Report of the Municipal Commissioner on the plague in Bombay for the year ending 31st May... - Volume 2
Disease focus: Plague
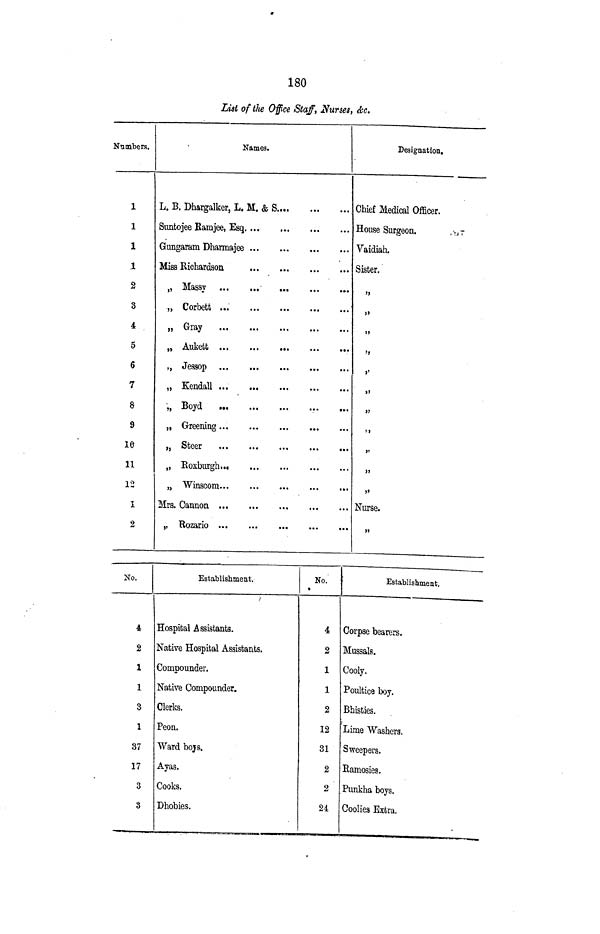
180
List of the Office Staff, Nurses, &c.
Numbers,
1
1
1
1
2
3
4
5
6
7
8
9
ie
11
12
1
2
Names.
L. B. Dhargalker, L. M. & S
Snntojee Bamjee, Esq
Gungaram Dharmajee
Miss Richardson
„ Massy
„ Corbett ...
„ Gray
» Boyd
...
„ Greening
„ Winsconu..
.»
Mrs. Cannon
,, Rozario
Designation*
Chief Medical Officer.
House Surgeon.
Vaidiah.
Sister.
»>
}>
»
>»
>'
5)
»
5>
J)
}>
J>
Nurse.
»
No.
4
2
1
1
3
1
37
17
3
3
Establishment.
Hospital Assistants.
Native Hospital Assistants.
Compounder.
Native Compounder.
Clerks.
Peon.
Ward boj&.
Ayas.
Cooks.
Dhobies.
No.
*
4
2
1
1
2
12
31
2
2
24
Establishment,
Corpse bearers.
Mussals.
Cooly.
Poultice boy.
Bhisties.
Lime Washers.
Sweepers.
Ramosies.
Punkha boys.
Coolies Extra.